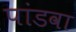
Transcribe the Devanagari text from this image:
पांडवा